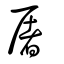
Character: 屠